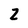
Character: Z